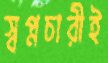
স্বপ্নচারীই